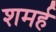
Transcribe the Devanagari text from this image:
शमर्ह